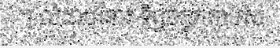
។ លំដាប់នោះ ទិព្វចក្ខុកតាបស